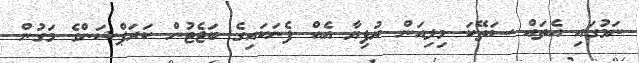
ނަމުގައި އެތައް ސަތޭކަ މިލިއަން ރުފިޔާ އެއް ފެނަކައިގެ ބަޖެޓުން ކަރަޕްޝަންގެ މަގުން